Civil Veterinary Dept. Bombay admin report 1893-99 - 1893-1899
Year: 1893
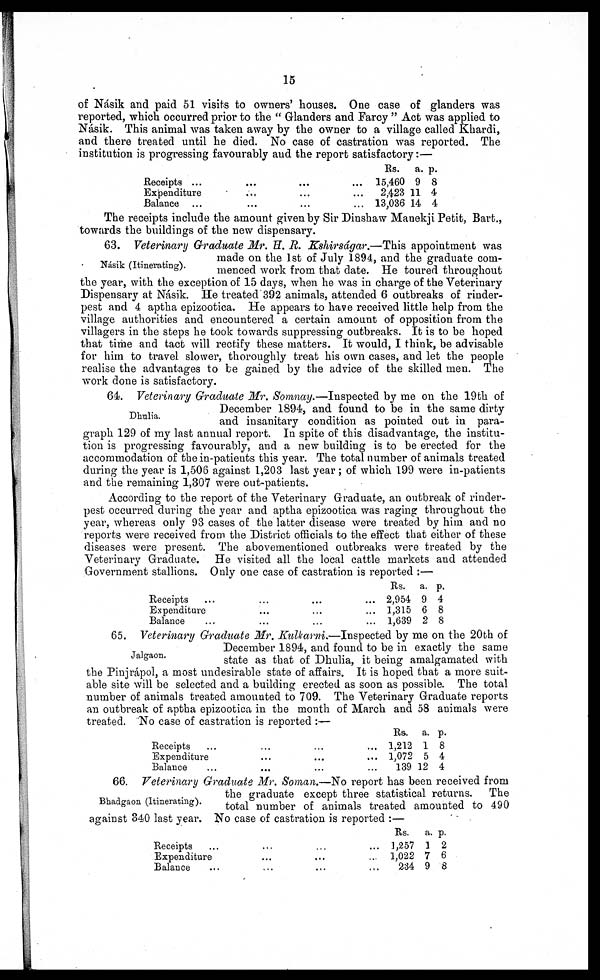
15
of Násik and paid 51 visits to owners' houses. One case of glanders was
reported, which occurred prior to the " Glanders and Farcy " Act was applied to
Násik. This animal was taken away by the owner to a village called Khardi,
and there treated until he died. No case of castration was reported. The
institution is progressing favourably and the report satisfactory:—
Receipts ... ... ...
Expenditure ... ... ...
Balance
...
...
...
...
Rs.
15,460
2,423
13,036
a.
9
11
14
p.
8
4
4
The receipts include the amount given by Sir Dinshaw Manekji Petit, Bart.,
towards the buildings of the new dispensary.
Násik (Itinerating).
63. Veterinary Graduate Mr. H. R. Kshirságar.—This appointment was
made on the 1st of July 1894, and the graduate com-
menced work from that date. He toured throughout
the year, with the exception of 15 days, when he was in charge of the Veterinary
Dispensary at Násik. He treated 392 animals, attended 6 outbreaks of rinder-
pest and 4 aptha epizootica. He appears to have received little help from the
village authorities and encountered a certain amount of opposition from the
villagers in the steps he took towards suppressing outbreaks. It is to be hoped
that time and tact will rectify these matters. It would, I think, be advisable
for him to travel slower, thoroughly treat his own cases, and let the people
realise the advantages to be gained by the advice of the skilled men. The
work done is satisfactory.
Dhulia.
64. Veterinary Graduate Mr. Somnay.—Inspected by me on the 19th of
December 1894, and found to be in the same dirty
and insanitary condition as pointed out in para-
graph 129 of my last annual report. In spite of this disadvantage, the institu-
tion is progressing favourably, and a new building is to be erected for the
accommodation of the in-patients this year. The total number of animals treated
during the year is 1,506 against 1,203 last year; of which 199 were in-patients
and the remaining 1,307 were out-patients.
According to the report of the Veterinary Graduate, an outbreak of rinder-
pest occurred during the year and aptha epizootica was raging throughout the
year, whereas only 93 cases of the latter disease were treated by him and no
reports were received from the District officials to the effect that either of these
diseases were present. The abovementioned outbreaks were treated by the
Veterinary Graduate. He visited all the local cattle markets and attended
Government stallions. Only one case of castration is reported :—
Receipts ... ... ... ...
Expenditure ... ... ... ...
Balance ... ... ... ...
Rs.
2,954
1,315
1,639
a.
9
6
2
p.
4
8
8
Jalgaon.
65. Veterinary Graduate Mr. Kulkarni.—Inspected by me on the 20th or
December 1894, and found to be in exactly the same
state as that of Dhulia, it being amalgamated with
the Pinjrápol, a most undesirable state of affairs. It is hoped that a more suit-
able site will be selected and a building erected as soon as possible. The total
number of animals treated amounted to 709. The Veterinary Graduate reports
an outbreak of aptha epizootica in the month of March and 58 animals were
treated. No case of castration is reported :—
Receipts ... ... ... ...
Expenditure ... ... ... ...
Balance ... ... ... ...
Rs.
1,212
1,072
139
a.
1
5
12
p.
8
4
4
Bhadgaon (Itinerating).
66. Veterinary Graduate Mr. Soman.—No report has been received from
the graduate except three statistical returns. The
total number of animals treated amounted to 490
against 340 last year. No case of castration is reported :—
Receipts ... ... ... ...
Expenditure ... ... ... ...
Balance ... ... ... ...
Rs.
1,257
1,022
234
a.
1
7
9
p.
2
6
8